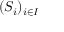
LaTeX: ( S _ { i } ) _ { i \in I }